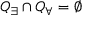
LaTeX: Q _ { \exists } \cap Q _ { \forall } = \emptyset